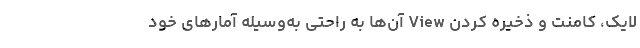
لایک، کامنت و ذخیره کردن View آن‌ها به راحتی به‌وسیله آمارهای خود